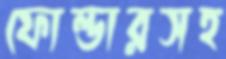
ফোল্ডারসহ